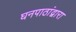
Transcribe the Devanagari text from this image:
घनपाठांद्वारा